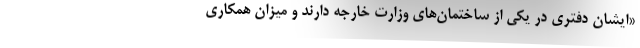
«ایشان دفتری در یکی از ساختمان‌های وزارت خارجه دارند و میزان همکاری